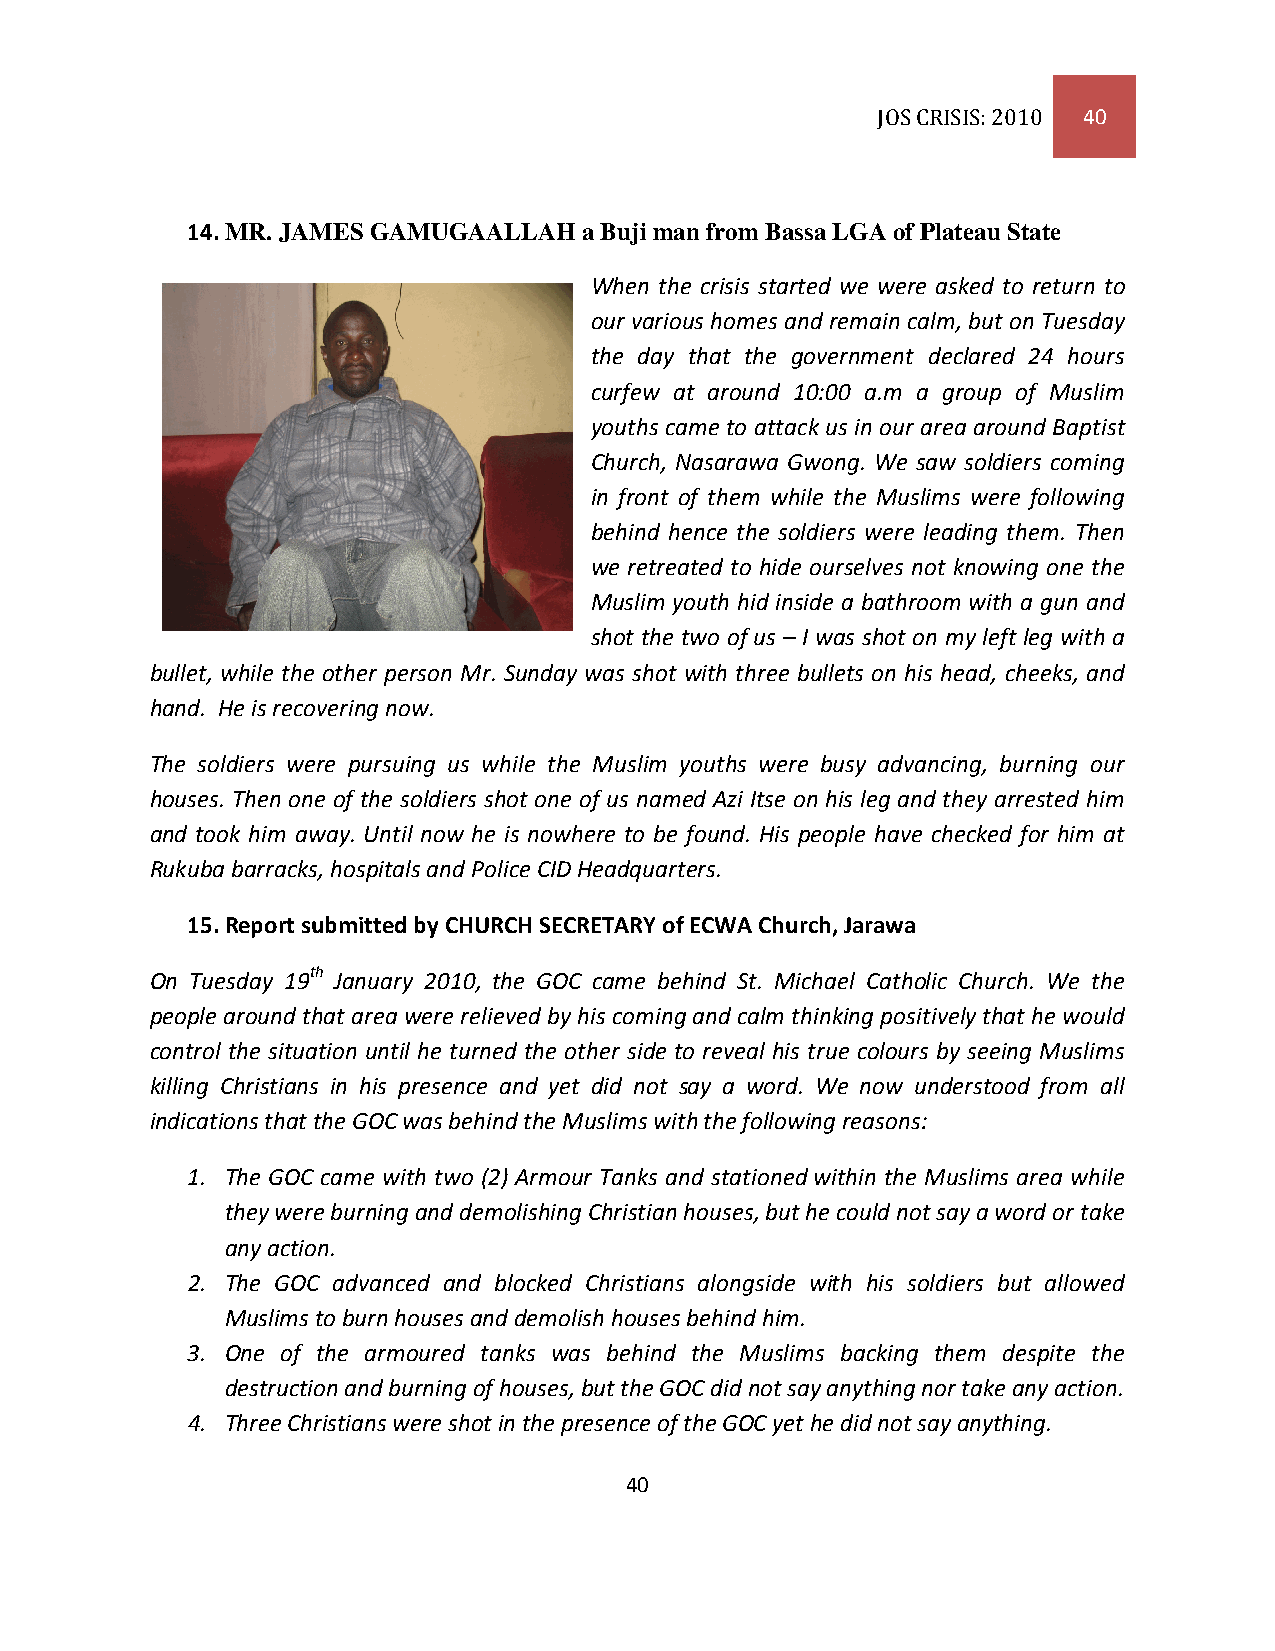
JOS CRISIS: 2010 40
 14. MR. JAMES GAMUGAALLAH  a Buji man from Bassa LGA of Plateau State
 When the crisis started we were asked to return to
 our various homes and remain calm, but on Tuesday
 the day that the government declared 24 hours
 curfew at around 10:00 a.m a group of Muslim
 youths came to attack us in our area around Baptist
 Church, Nasarawa Gwong. We saw soldiers coming
 in front of them while the Muslims were following
 behind hence the soldiers were leading them. Then
 we retreated to hide ourselves not knowing one the
 Muslim youth hid inside a bathroom with a gun and
 shot the two of us – I was shot on my left leg with a
 bullet, while the other person Mr. Sunday was shot with three bullets on his head, cheeks, and
 hand. He is recovering now.
 The soldiers were pursuing us while the Muslim youths were busy advancing, burning our
 houses. Then one of the soldiers shot one of us named Azi Itse on his leg and they arrested him
 and took him away. Until now he is nowhere to be found. His people have checked for him at
 Rukuba barracks, hospitals and Police CID Headquarters.
 15. Report submitted by CHURCH SECRETARY of ECWA Church, Jarawa
 On Tuesday 19th January 2010, the GOC came behind St. Michael Catholic Church. We the
 people around that area were relieved by his coming and calm thinking positively that he would
 control the situation until he turned the other side to reveal his true colours by seeing Muslims
 killing Christians in his presence and yet did not say a word. We now understood from all
 indications that the GOC was behind the Muslims with the following reasons:
 1. The GOC came with two (2) Armour Tanks and stationed within the Muslims area while
 they were burning and demolishing Christian houses, but he could not say a word or take
 any action.
 2. The GOC advanced and blocked Christians alongside with his soldiers but allowed
 Muslims to burn houses and demolish houses behind him.
 3. One of the armoured tanks was behind the Muslims backing them despite the
 destruction and burning of houses, but the GOC did not say anything nor take any action.
 4. Three Christians were shot in the presence of the GOC yet he did not say anything.
 40